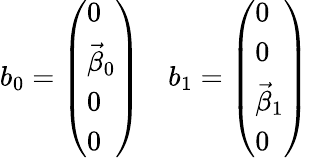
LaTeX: b_{0}=\left(\begin{array}{l}{{0}}\\ {{\vec{\beta}_{0}}}\\ {{0}}\\ {{0}}\end{array}\right)~~~~b_{1}=\left(\begin{array}{l}{{0}}\\ {{0}}\\ {{\vec{\beta}_{1}}}\\ {{0}}\end{array}\right)